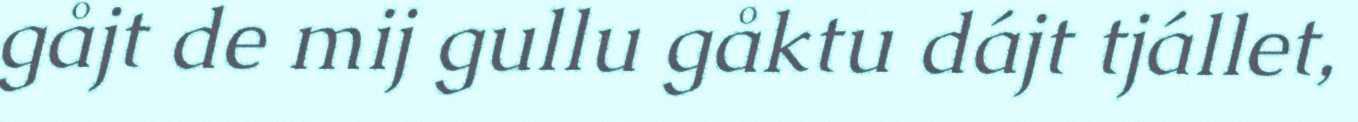
gåjt de mij gullu gåktu dájt tjállet,